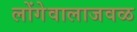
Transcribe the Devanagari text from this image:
लोंगेवालाजवळ